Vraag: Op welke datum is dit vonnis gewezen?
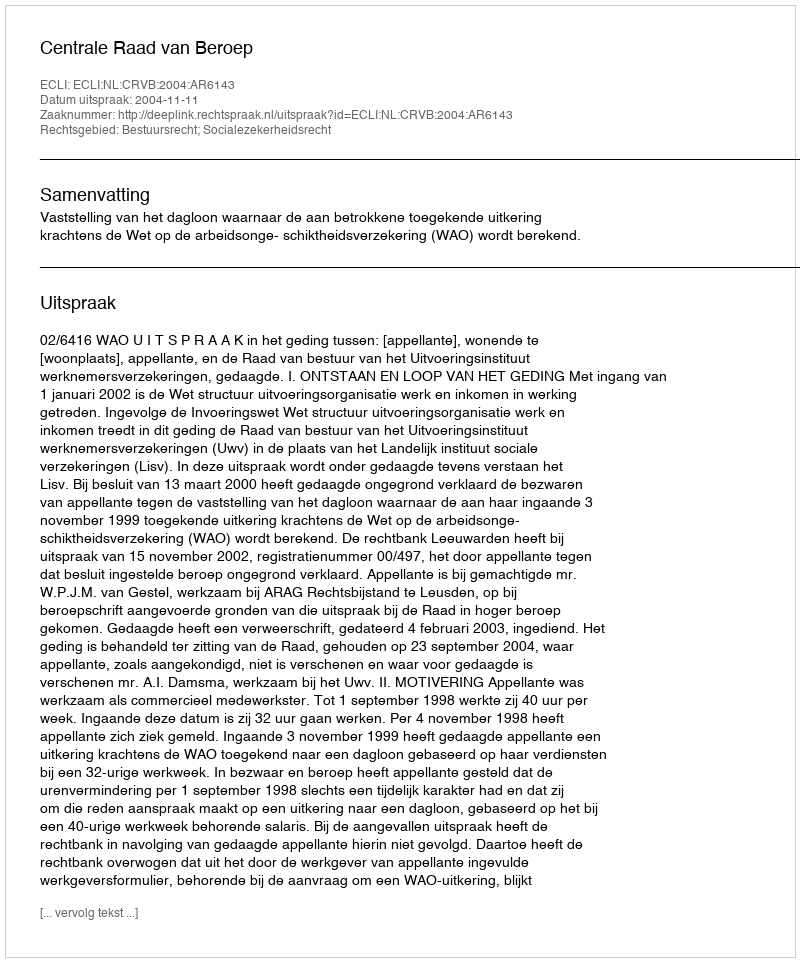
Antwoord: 2004-11-11